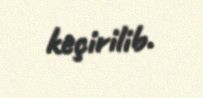
keçirilib.